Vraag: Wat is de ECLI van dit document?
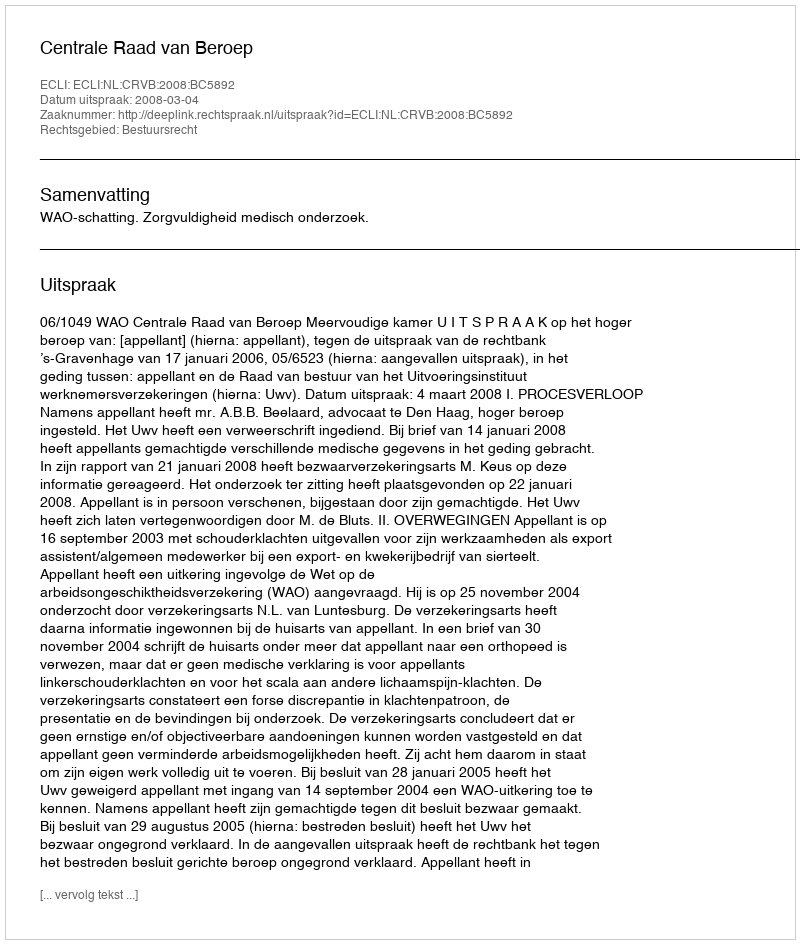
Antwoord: ECLI:NL:CRVB:2008:BC5892